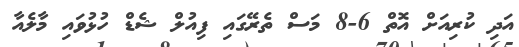
އަދި ކުރިއަށް އޮތް 6-8 މަސް ތެރޭގައި ފިއުލް ޝެޑް ހުޅުވައި މާލެއާ